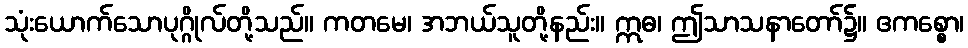
သုံးယောက်သောပုဂ္ဂိုလ်တို့သည်။ ကတမေ၊ အဘယ်သူတို့နည်း။ ဣဓ၊ ဤသာသနာတော်၌။ ဧကစ္စော၊